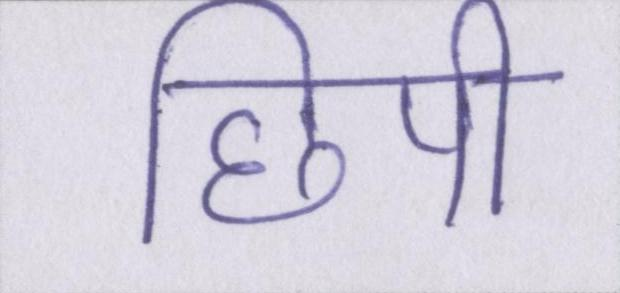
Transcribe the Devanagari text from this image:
छिपी